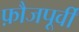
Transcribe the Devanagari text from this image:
फ़ौजपूर्वी